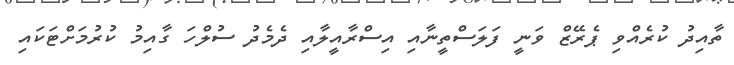
ތާއިދު ކުރެއްވި ޕެރޭޒް ވަނީ ފަލަސްތީނާއި އިސްރާއީލާއި ދެމެދު ސުލްހަ ގާއިމު ކުރުމަށްޓަކައި